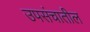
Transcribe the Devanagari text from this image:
उपसंचातील